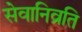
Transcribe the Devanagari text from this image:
सेवानिव्रति